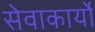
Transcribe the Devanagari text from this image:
सेवाकार्यो